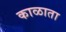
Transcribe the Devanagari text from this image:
काळाता